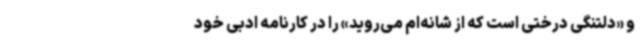
و «دلتنگی درختی است که از شانه‌ام می‌روید» را در کارنامه ادبی خود